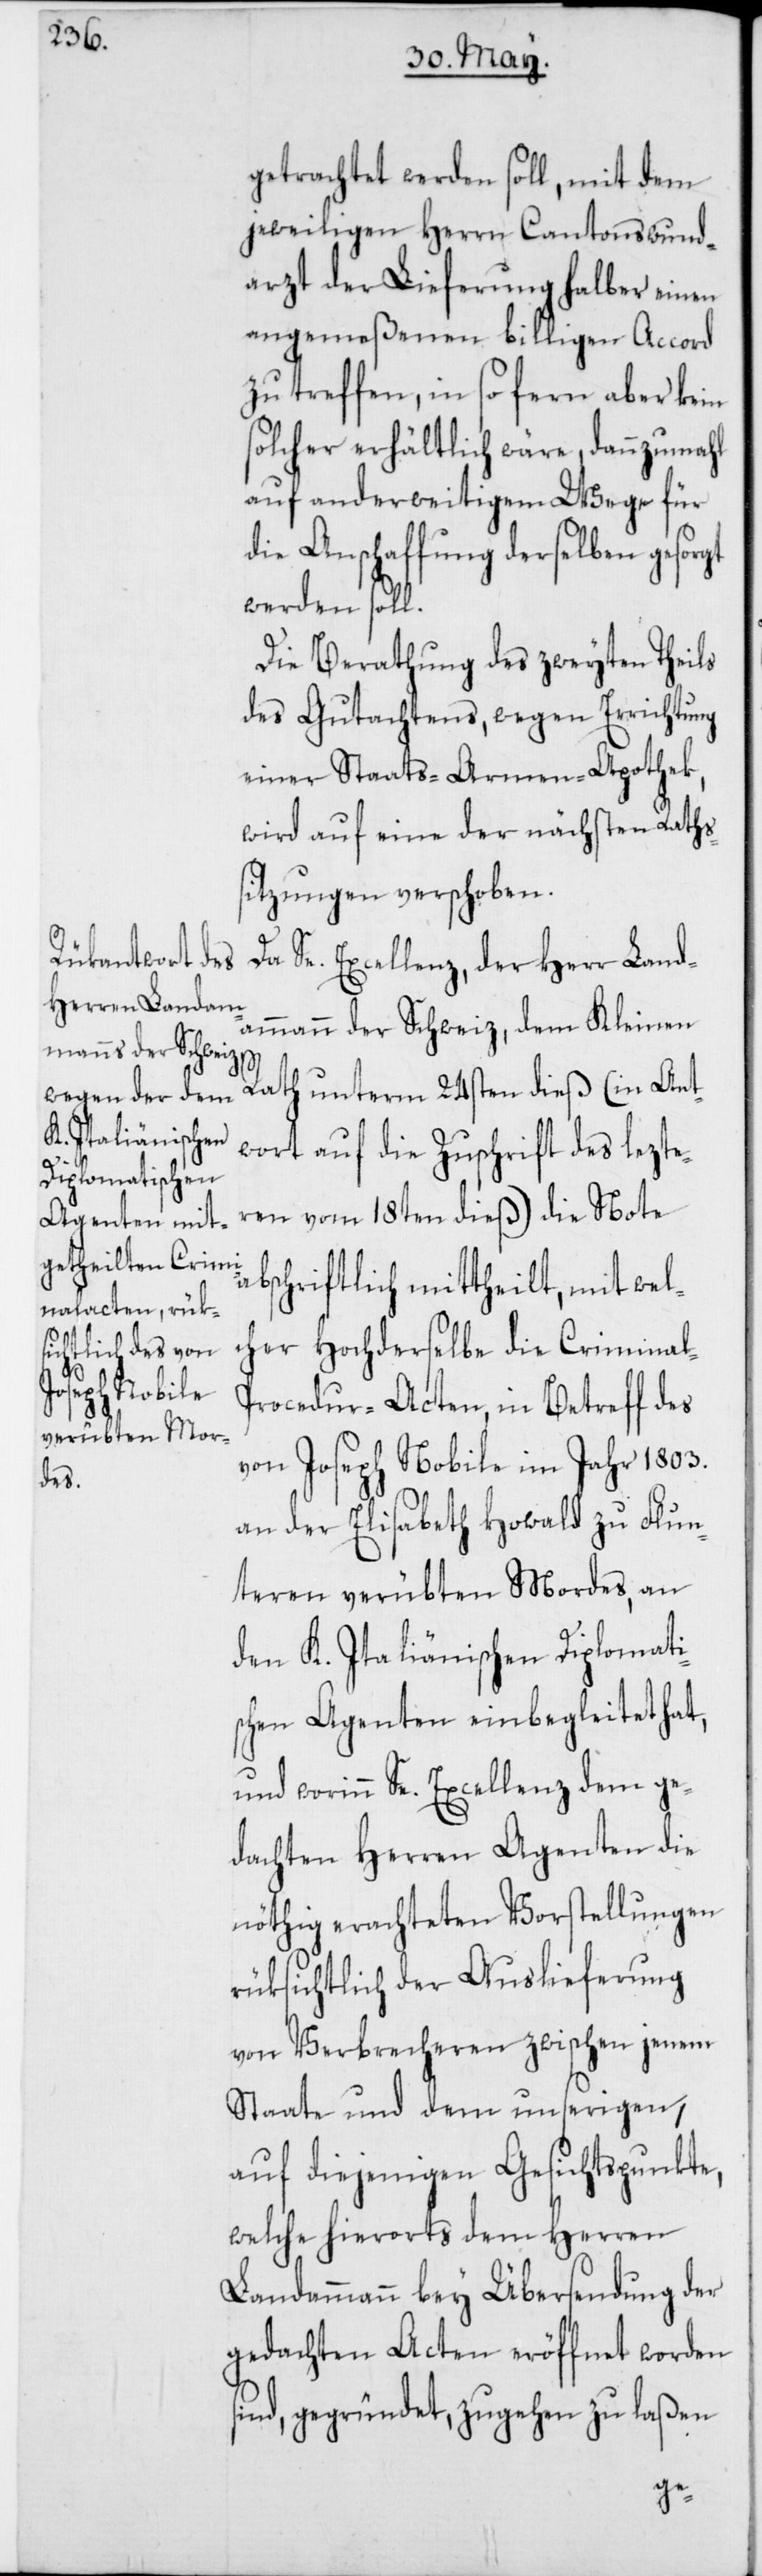
getrachtet werden soll, mit dem
jeweiligen Herren Cantonswund¬
arzt der Lieferung halber einen
angemeßenen billigen Accord
zu treffen, in so fern aber kein
solcher erhältlich wäre, dannzumahl
auf anderweitigem Wege für
die Anschaffung derselben gesorgt
werden soll.
Die Berathung des zweyten theils
des Gutachtens, wegen Errichtung
einer Staats-Armen-Apothek,
wird auf eine der nächsten Raths¬
sitzungen verschoben.
Da Se. Excellenz, der Herr Land¬
ammann der Schweiz, dem Kleinen
s¬
Rath unterm 24sten dieß (in Ant¬
wort auf die Zuschrift des lezte¬
ren vom 18ten dieß) die Note
abschriftlich mittheilt, mit wel¬
cher Hochderselbe die Criminal-P¬
rocedur-Acten, in Betreff des
von Joseph Nobile im Jahr 1803.
an der Elisabeth Howald zu Flun¬
tern verübten Mordes, an
den K. Italiänischen Diplomati¬
schen Agenten einbegleitet hat,
und worinn Se. Excellenz dem ge¬
dachten Herren Agenten die
nöthig erachteten Vorstellungen
rüksichtlich der Auslieferung
von Verbrecheren zwischen jenem
Staate und dem unserigen,
auf diejenigen Gesichtspunkte,
welche hierorts dem Herren
Landammann bey Übersendung der
gedachten Acten eröffnet worden
ind, gegründet, zugehen zu laßen